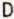
D